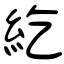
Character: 紇